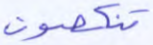
تنكصون